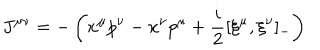
LaTeX: J ^ { \mu \nu } = - \left( x ^ { \mu } p ^ { \nu } - x ^ { \nu } p ^ { \mu } + \frac { i } { 2 } [ \xi ^ { \mu } , \xi ^ { \nu } ] _ { - } \right)